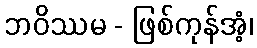
ဘဝိဿမ - ဖြစ်ကုန်အံ့၊